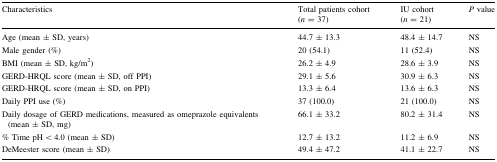
<table><thead><tr><td><b>Characteristics</b></td><td><b>Total patients cohort (<i>n</i> = 37)</b></td><td><b>IU cohort (<i>n</i> = 21)</b></td><td><b><i>P</i> value</b></td></tr></thead><tbody><tr><td>Age (mean ± SD, years)</td><td>44.7 ± 13.3</td><td>48.4 ± 14.7</td><td>NS</td></tr><tr><td>Male gender (%)</td><td>20 (54.1)</td><td>11 (52.4)</td><td>NS</td></tr><tr><td>BMI (mean ± SD, kg/m<sup>2</sup>)</td><td>26.2 ± 4.9</td><td>28.6 ± 3.9</td><td>NS</td></tr><tr><td>GERD-HRQL score (mean ± SD, off PPI)</td><td>29.1 ± 5.6</td><td>30.9 ± 6.3</td><td>NS</td></tr><tr><td>GERD-HRQL score (mean ± SD, on PPI)</td><td>13.3 ± 6.4</td><td>13.6 ± 6.3</td><td>NS</td></tr><tr><td>Daily PPI use (%)</td><td>37 (100.0)</td><td>21 (100.0)</td><td>NS</td></tr><tr><td>Daily dosage of GERD medications, measured as omeprazole equivalents (mean ± SD, mg)</td><td>66.1 ± 33.2</td><td>80.2 ± 31.4</td><td>NS</td></tr><tr><td>% Time pH &lt; 4.0 (mean ± SD)</td><td>12.7 ± 13.2</td><td>11.2 ± 6.9</td><td>NS</td></tr><tr><td>DeMeester score (mean ± SD)</td><td>49.4 ± 47.2</td><td>41.1 ± 22.7</td><td>NS</td></tr></tbody></table>